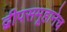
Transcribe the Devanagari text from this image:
द्वीपसमूहानेच